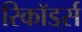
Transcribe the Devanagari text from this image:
रिकॉड्‌र्स